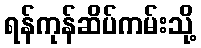
ရန်ကုန်ဆိပ်ကမ်းသို့